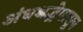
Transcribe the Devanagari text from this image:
अंधश्रद्धेपासून